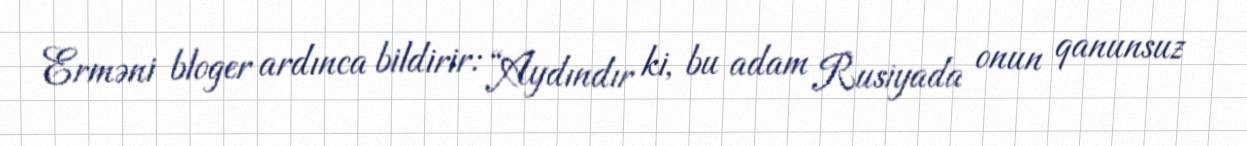
Erməni bloger ardınca bildirir: “Aydındır ki, bu adam Rusiyada onun qanunsuz